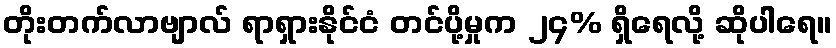
တိုးတက်လာဗျာလ် ရာရှားနိုင်ငံ တင်ပို့မှုက ၂၄% ရှိရေလို့ ဆိုပါရေ။